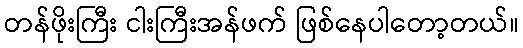
တန်ဖိုးကြီး ငါးကြီးအန်ဖက် ဖြစ်နေပါတော့တယ်။